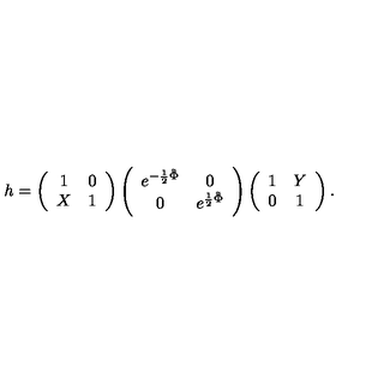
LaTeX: h = \left( \begin{array} { c c } { 1 } & { 0 } \\ { X } & { 1 } \\ \end{array} \right) \left( \begin{array} { c c } { e ^ { - \frac { 1 } { 2 } \tilde { \Phi } } } & { 0 } \\ { 0 } & { e ^ { \frac { 1 } { 2 } \tilde { \Phi } } } \\ \end{array} \right) \left( \begin{array} { c c } { 1 } & { Y } \\ { 0 } & { 1 } \\ \end{array} \right) .